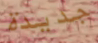
جديدة